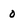
Character: 0